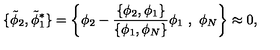
\{ { \tilde { \phi } _ { 2 } } , { \tilde { \phi } _ { 1 } ^ { * } } \} = \left\{ \phi _ { 2 } - \frac { \{ \phi _ { 2 } , \phi _ { 1 } \} } { \{ \phi _ { 1 } , \phi _ { N } \} } \phi _ { 1 } \ , \ \phi _ { N } \right\} \approx 0 ,